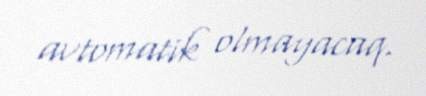
avtomatik olmayacaq.